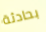
بحادثة